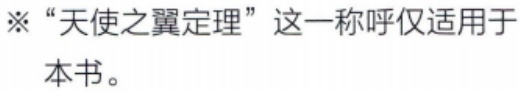
※“天使之翼定理”这一称呼仅适用于本书。